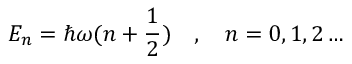
E _ { n } = \hbar \omega ( n + { \frac { 1 } { 2 } } ) \quad , \quad n = 0 , 1 , 2 \ldots